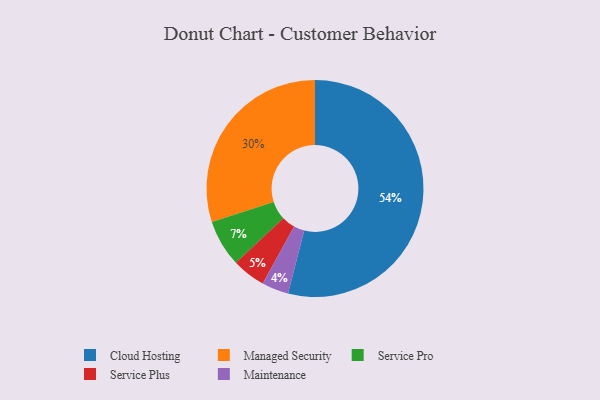
{"axis": {"x": "Category", "y": "Percentage"}, "legend": ["Cloud Hosting", "Maintenance", "Managed Security", "Service Plus", "Service Pro"], "data": [{"x": "Service Plus", "y": 5, "type": "Service Plus"}, {"x": "Service Pro", "y": 7, "type": "Service Pro"}, {"x": "Managed Security", "y": 30, "type": "Managed Security"}, {"x": "Cloud Hosting", "y": 54, "type": "Cloud Hosting"}, {"x": "Maintenance", "y": 4, "type": "Maintenance"}]}